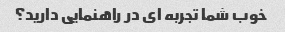
خوب شما تجربه ای در راهنمایی دارید؟